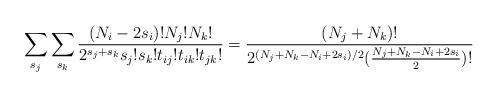
LaTeX: \begin{align*}\sum_{s_j}\sum_{s_k}\frac{(N_i-2s_i)!N_j!N_k!}{2^{s_j+s_k}s_j!s_k! t_{ij}!t_{ik}!t_{jk}!}=\frac{(N_j+N_k)!}{2^{(N_j+N_k-N_i+2s_i)/2}(\frac{N_j+N_k-N_i+2s_i}{2})!}\end{align*}